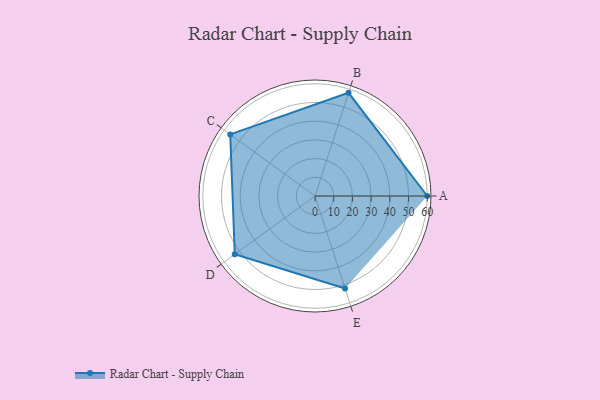
{"axis": {"x": "Skill", "y": "Score"}, "legend": ["Profile"], "data": [{"x": "A", "y": 60.0, "type": "Profile"}, {"x": "B", "y": 58.0, "type": "Profile"}, {"x": "C", "y": 56.0, "type": "Profile"}, {"x": "D", "y": 53.0, "type": "Profile"}, {"x": "E", "y": 52.0, "type": "Profile"}]}